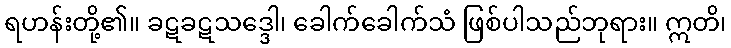
ရဟန်းတို့၏။ ခဋခဋသဒ္ဒေါ၊ ခေါက်ခေါက်သံ ဖြစ်ပါသည်ဘုရား။ ဣတိ၊